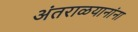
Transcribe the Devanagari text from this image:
अंतराळयानांना